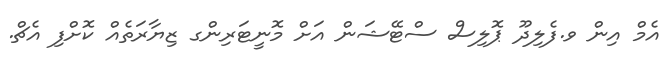
އެމް އިން ވ.ފެލިދޫ ޕޮލިސް ސްޓޭޝަން އަށް މޮނީޓަރިންގ ޒިޔާރަތެއް ކޮށްފި އެޗް.